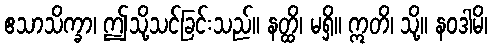
ဧသာသိက္ခာ၊ ဤသို့သင်ခြင်းသည်။ နတ္ထိ၊ မရှိ။ ဣတိ၊ သို့။ နဝဒါမိ၊